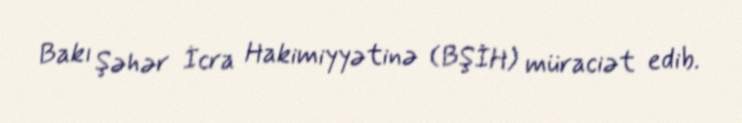
Bakı Şəhər İcra Hakimiyyətinə (BŞİH) müraciət edib.